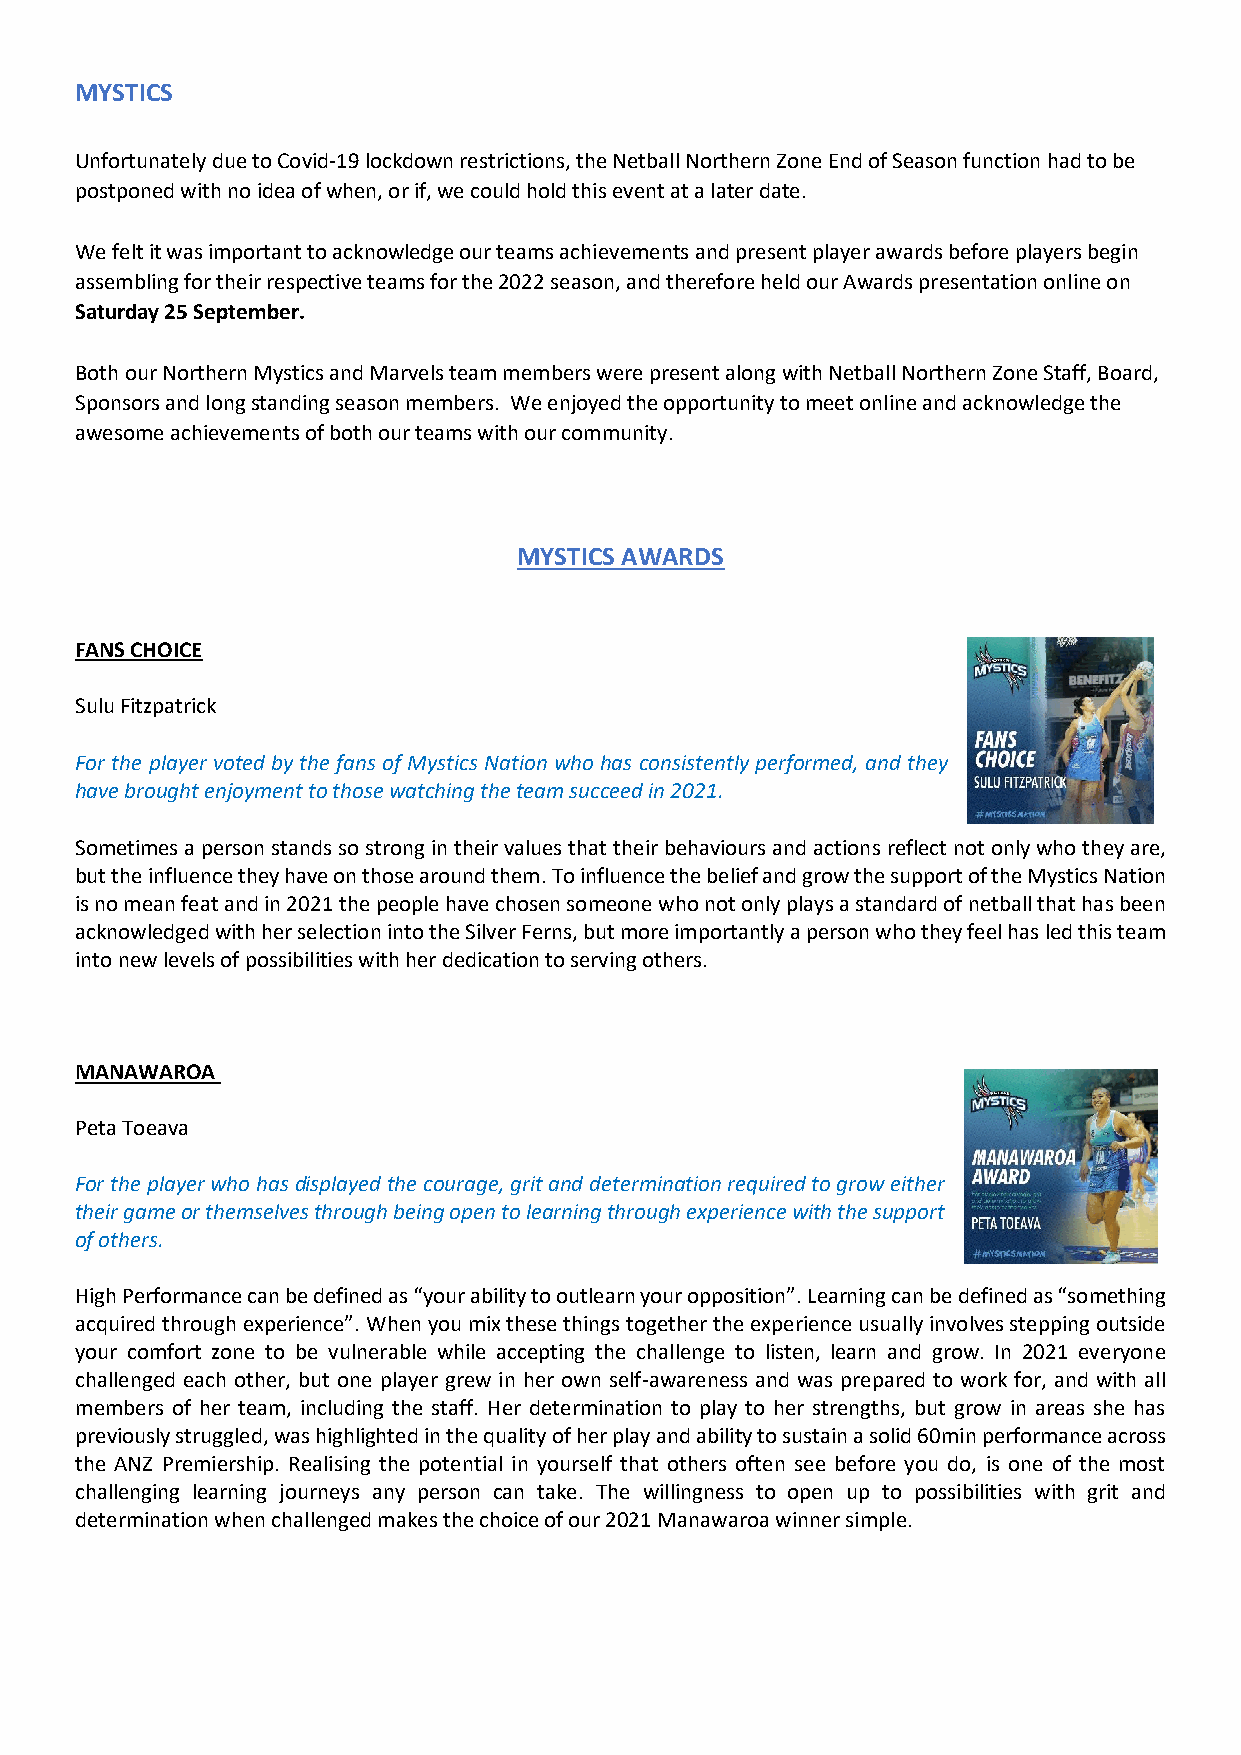
MYSTICS
 Unfortunately due to Covid-19 lockdown restrictions, the Netball Northern Zone End of Season function had to be
 postponed with no idea of when, or if, we could hold this event at a later date.
 We felt it was important to acknowledge our teams achievements and present player awards before players begin
 assembling for their respective teams for the 2022 season, and therefore held our Awards presentation online on
 Saturday 25 September.
 Both our Northern Mystics and Marvels team members were present along with Netball Northern Zone Staff, Board,
 Sponsors and long standing season members. We enjoyed the opportunity to meet online and acknowledge the
 awesome achievements of both our teams with our community.
 MYSTICS AWARDS
 FANS CHOICE
 Sulu Fitzpatrick
 For the player voted by the fans of Mystics Nation who has consistently performed, and they
 have brought enjoyment to those watching the team succeed in 2021.
 Sometimes a person stands so strong in their values that their behaviours and actions reflect not only who they are,
 but the influence they have on those around them. To influence the belief and grow the support of the Mystics Nation
 is no mean feat and in 2021 the people have chosen someone who not only plays a standard of netball that has been
 acknowledged with her selection into the Silver Ferns, but more importantly a person who they feel has led this team
 into new levels of possibilities with her dedication to serving others.
 MANAWAROA
 Peta Toeava
 For the player who has displayed the courage, grit and determination required to grow either
 their game or themselves through being open to learning through experience with the support
 of others.
 High Performance can be defined as “your ability to outlearn your opposition”. Learning can be defined as “something
 acquired through experience”. When you mix these things together the experience usually involves stepping outside
 your comfort zone to be vulnerable while accepting the challenge to listen, learn and grow. In 2021 everyone
 challenged each other, but one player grew in her own self-awareness and was prepared to work for, and with all
 members of her team, including the staff. Her determination to play to her strengths, but grow in areas she has
 previously struggled, was highlighted in the quality of her play and ability to sustain a solid 60min performance across
 the ANZ Premiership. Realising the potential in yourself that others often see before you do, is one of the most
 challenging learning journeys any person can take. The willingness to open up to possibilities with grit and
 determination when challenged makes the choice of our 2021 Manawaroa winner simple.